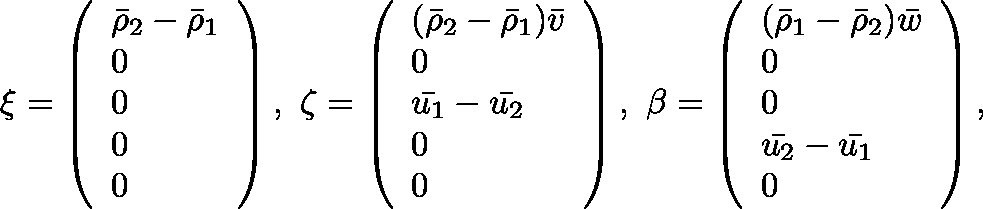
\mathbf { \xi } = \left( \begin{array} { l } { \bar { \rho } _ { 2 } - \bar { \rho } _ { 1 } } \\ { 0 } \\ { 0 } \\ { 0 } \\ { 0 } \end{array} \right) , \ \mathbf { \zeta } = \left( \begin{array} { l } { ( \bar { \rho } _ { 2 } - \bar { \rho } _ { 1 } ) \bar { v } } \\ { 0 } \\ { \bar { u _ { 1 } } - \bar { u _ { 2 } } } \\ { 0 } \\ { 0 } \end{array} \right) , \ \mathbf { \beta } = \left( \begin{array} { l } { ( \bar { \rho } _ { 1 } - \bar { \rho } _ { 2 } ) \bar { w } } \\ { 0 } \\ { 0 } \\ { \bar { u _ { 2 } } - \bar { u _ { 1 } } } \\ { 0 } \end{array} \right) ,